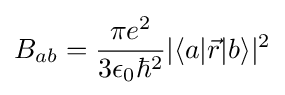
B_{ab}={\frac {\pi e^{2}}{3\epsilon _{0}\hbar ^{2}}}|\langle a|{\vec {r}}|b\rangle |^{2}